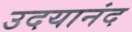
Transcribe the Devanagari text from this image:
उदयानंद